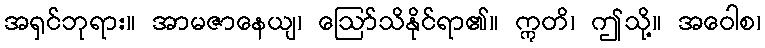
အရှင်ဘုရား။ အာမဇာနေယျ၊ ဩော်သိနိုင်ရာ၏။ ဣတိ၊ ဤသို့။ အဝေါစ၊